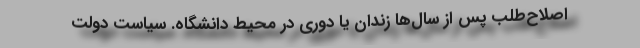
اصلاح‌طلب پس از سال‌ها زندان یا دوری در محیط دانشگاه. سیاست دولت